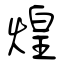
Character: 煌